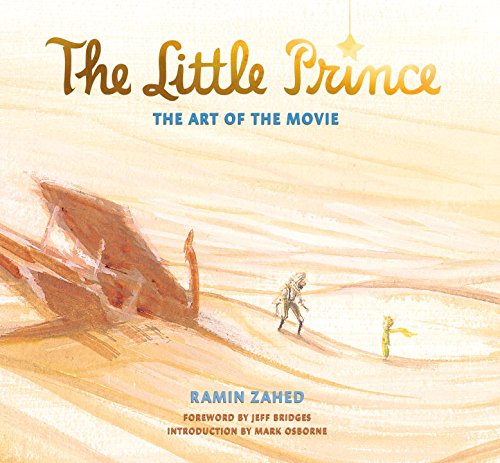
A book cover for The Little Prince: The Art of the Movie; Ramin Zahed; Reference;